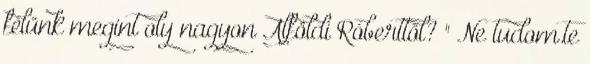
félünk megint oly nagyon Alföldi Róberttől? " Ne tudom.te